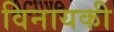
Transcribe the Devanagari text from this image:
विनायकी